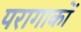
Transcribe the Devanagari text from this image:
परागाकों